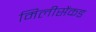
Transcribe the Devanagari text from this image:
मिलीसेंकड